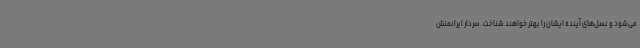
می‌شود و نسل‌های آینده ایشان را بهتر خواهند شناخت. سردار ایرانمنش